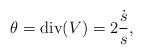
LaTeX: \begin{align*} \theta=\textrm{div}(V)=2\frac{\dot{s}}{s},\end{align*}